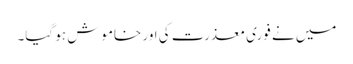
میں نے فوری معذرت کی اور خاموش ہو گیا۔